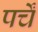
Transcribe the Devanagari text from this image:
पर्चें